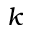
k